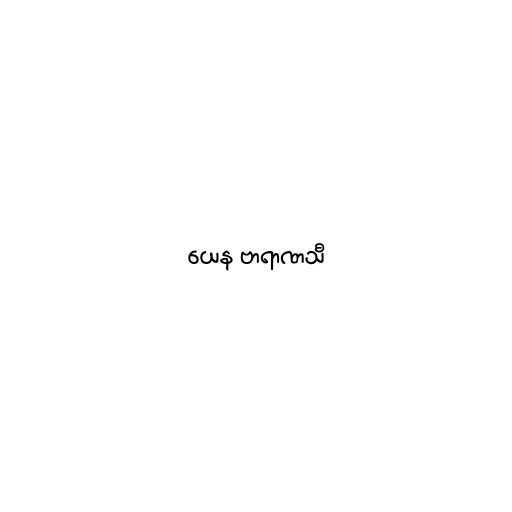
ယေန ဗာရာဏသီ